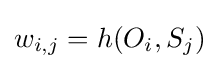
w_{i,j}=h(O_{i},S_{j})